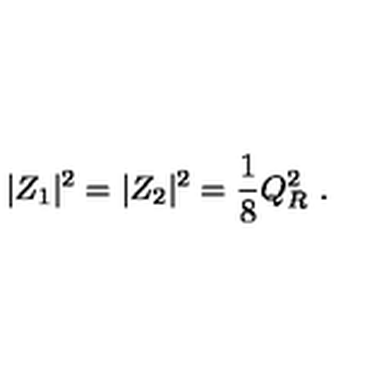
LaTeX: | Z _ { 1 } | ^ { 2 } = | Z _ { 2 } | ^ { 2 } = { \frac { 1 } { 8 } } Q _ { R } ^ { 2 } \ .